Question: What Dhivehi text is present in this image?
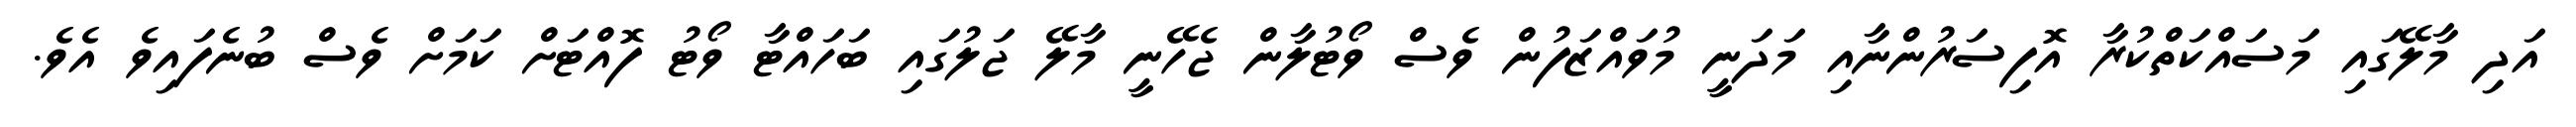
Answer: އަދި މާލޭގައި މަސައްކަތްކުރާ އޮފިސަރުންނާއި މަދަނީ މުވައްޒަފުން ވެސް ވޯޓުލާން ޖެހޭނީ މާލޭ ޖަލުގައި ބަހައްޓާ ވޯޓު ފޮއްޓަށް ކަމަށް ވެސް ބުނެފައިވެ އެވެ.